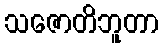
သဇောတိဘူတာ